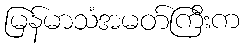
မြန်မာသံအမတ်ကြီးက